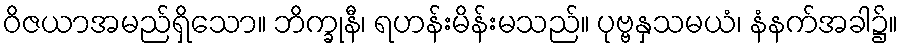
ဝိဇယာအမည်ရှိသော။ ဘိက္ခုနီ၊ ရဟန်းမိန်းမသည်။ ပုဗ္ဗနှသမယံ၊ နံနက်အခါ၌။